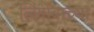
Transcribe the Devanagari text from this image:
लिंगोबाच्या